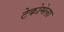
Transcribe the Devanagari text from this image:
टेकोमेला